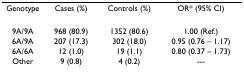
<table><thead><tr><td><b>Genotype</b></td><td><b>Cases (%)</b></td><td><b>Controls (%)</b></td><td><b>OR* (95% CI)</b></td></tr></thead><tbody><tr><td>9A/9A</td><td>968 (80.9)</td><td>1352 (80.6)</td><td>1.00 (Ref.)</td></tr><tr><td>6A/9A</td><td>207 (17.3)</td><td>302 (18.0)</td><td>0.95 (0.76 – 1.17)</td></tr><tr><td>6A/6A</td><td>12 (1.0)</td><td>19 (1.1)</td><td>0.80 (0.37 – 1.73)</td></tr><tr><td>Other</td><td>9 (0.8)</td><td>4 (0.2)</td><td>---</td></tr></tbody></table>